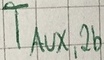
Text: TAUX,2b